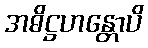
အဓိဋ္ဌဟန္တောပိ